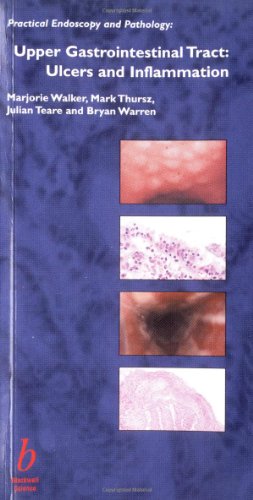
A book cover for Upper Gastrointestinal Tract: Ulcers and Inflammation; Bryan Warren; Health, Fitness & Dieting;